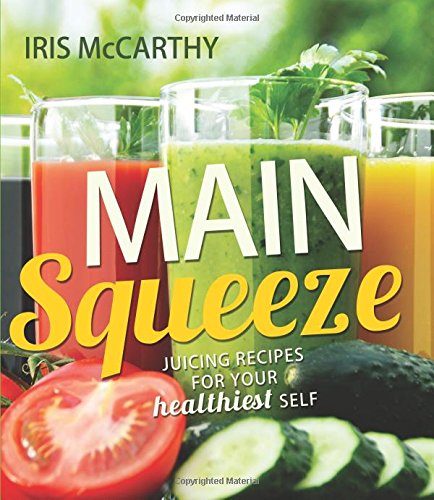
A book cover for Main Squeeze: Juicing Recipes for Your Healthiest Self; Iris McCarthy; Cookbooks, Food & Wine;